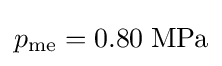
p_{\text{me}}=0.80\;{\text{MPa}}